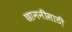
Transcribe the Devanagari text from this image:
छाननीसाठी